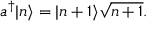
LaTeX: a ^ { \dagger } | n \rangle = | n + 1 \rangle { \sqrt { n + 1 } } .